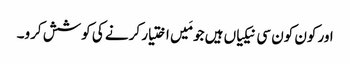
اور کون کون سی نیکیاں ہیں جو مَیں اختیار کرنے کی کوشش کرو۔